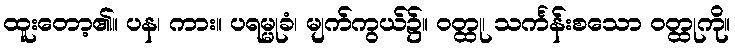
ထူးတော့၏။ ပန၊ ကား။ ပရမ္မုခံ၊ မျက်ကွယ်၌။ ဝတ္ထု၊ သင်္ကန်းစသော ဝတ္ထုကို။